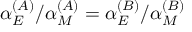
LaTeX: \alpha _ { E } ^ { ( A ) } / \alpha _ { M } ^ { ( A ) } = \alpha _ { E } ^ { ( B ) } / \alpha _ { M } ^ { ( B ) }